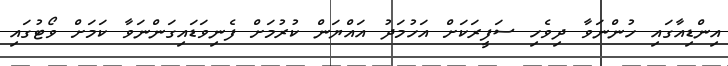
އިންޑިއާގައި ހުންނަވާ ދިވެހި ސަފީރަކަށް އަހުމަދު އައްޔަން ކުރުމަށް ފެނިވަޑައިގަންނަވާ ކަމަށް ވޯޓުގައި